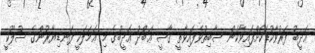
ޢަދީބު ފަރުވާކުޑަކޮށްފައިވާކަން ސާބިތުވެފައިވާތީ ޤާޟީ ޢަބްދު ޢަދީބުގެ މި ޢަމަލަކީ ފަނޑިޔާރުންގެ ސުލޫކީ